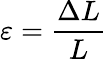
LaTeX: \varepsilon={\frac{\Delta L}{L}}